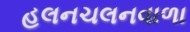
હલનચલનવાળા